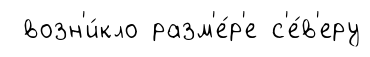
возн'и́кло разм'е́р'е с'е́в'еру